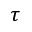
\tau